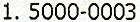
1. 5000-0003